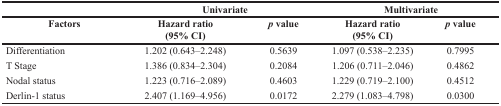
|  | <COLSPAN=2> Univariate | <COLSPAN=2> Multivariate |
 | Factors | Hazard ratio (95% CI) | p value | Hazard ratio (95% CI) | p value |
 | --- | --- | --- | --- | --- |
 | Differentiation | 1.202 (0.643–2.248) | 0.5639 | 1.097 (0.538–2.235) | 0.7995 |
 | T Stage | 1.386 (0.834–2.304) | 0.2084 | 1.206 (0.711–2.046) | 0.4862 |
 | Nodal status | 1.223 (0.716–2.089) | 0.4603 | 1.229 (0.719–2.100) | 0.4512 |
 | Derlin-1 status | 2.407 (1.169–4.956) | 0.0172 | 2.279 (1.083–4.798) | 0.0300 |